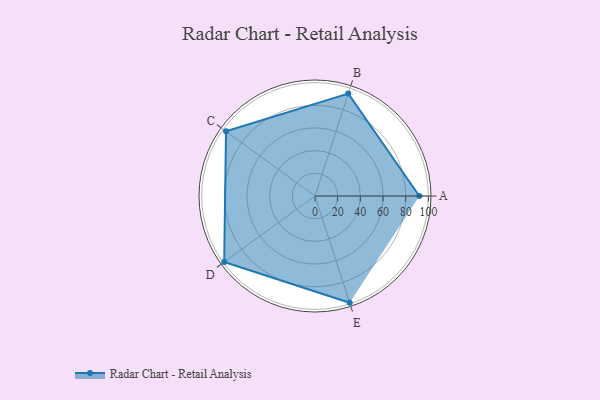
{"axis": {"x": "Skill", "y": "Score"}, "legend": ["Profile"], "data": [{"x": "A", "y": 92.0, "type": "Profile"}, {"x": "B", "y": 95.0, "type": "Profile"}, {"x": "C", "y": 97.0, "type": "Profile"}, {"x": "D", "y": 99, "type": "Profile"}, {"x": "E", "y": 99, "type": "Profile"}]}